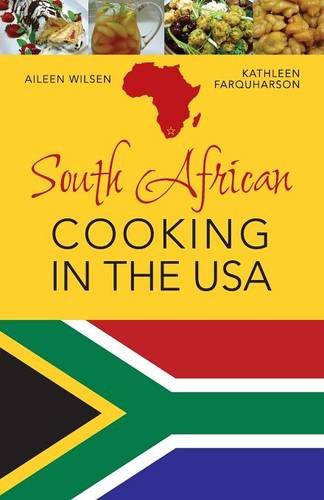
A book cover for South African Cooking in the USA; Aileen Wilsen; Cookbooks, Food & Wine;